Indian Medical Review
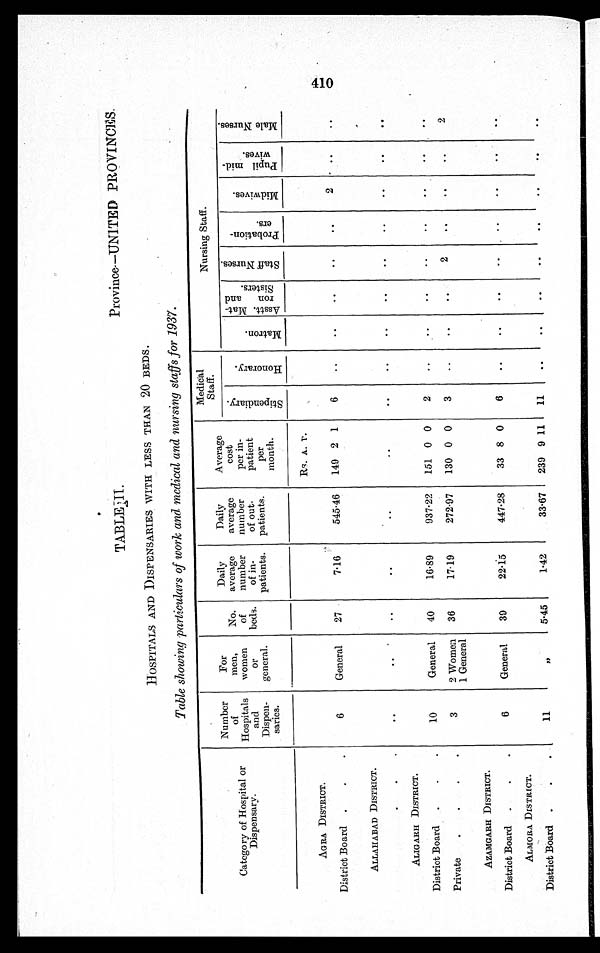
TABLE II.
Province–UNITED PROVINCES.
HOSPITALS AND DISPENSARIES WITH LESS THAN 20 BEDS.
Table showing particulars of work and medical and nursing staffs for 1937.
Number of
Hospitals and
Dispen- sari es.
For
men,
women or
general.
No. of
beds.
Daily
average number of in-
patients.
Daily
average
number of out-
patients.
Average cost
per in-
patient per
month.
Medical Staff.
Nursing Staff.
Category of Hospital or
Dispensary.
S t e p e n d i a r y . H o n o r a r y . M a t r o n .
A s s t . M a t - r o n a n d S i s t e r s .
S t a f f N u r s e s .
P r o b a t i o n -
e r s . M i d w i v e s .
P u p i l m i d -
w i v e s .
m a l e N u r s e s .
Rs. A. P.
AGRA DISTRICT.
District Board
6 General 27
7.16 545.46 149 2 1 6
2
ALLAHABAD DISTRICT.
ALIGARH DISTRICT.
District Board
10 General 40 16.89 937.22 151 0 0 2
Private
3 2 Women
1 General 36 17.19 272.97 130 0 0 3
2
2
AZAMGARH DISTRICT.
District Board
6 General 39 22.15 447.28 33 8 0 6
ALMORA DISTRICT.
District Board
11
, ,
5.45 1.42
33.67 239 9 11 11
410